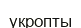
укропты